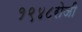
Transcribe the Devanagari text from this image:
१९४८रोजी